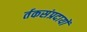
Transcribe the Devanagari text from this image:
र्तकसंप्रदायों